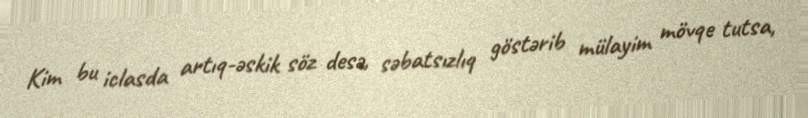
Kim bu iclasda artıq-əskik söz desə, səbatsızlıq göstərib mülayim mövqe tutsa,